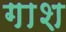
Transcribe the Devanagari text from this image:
गाश